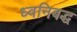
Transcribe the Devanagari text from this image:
ध्वनिबद्ध